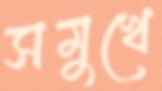
সমুখে